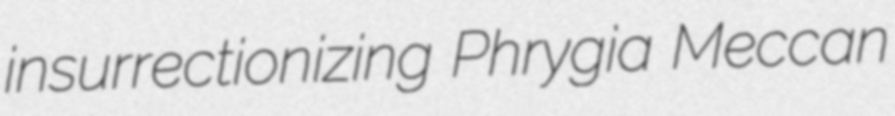
insurrectionizing Phrygia Meccan